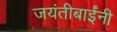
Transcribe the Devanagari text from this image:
जयंतीबाईंनी